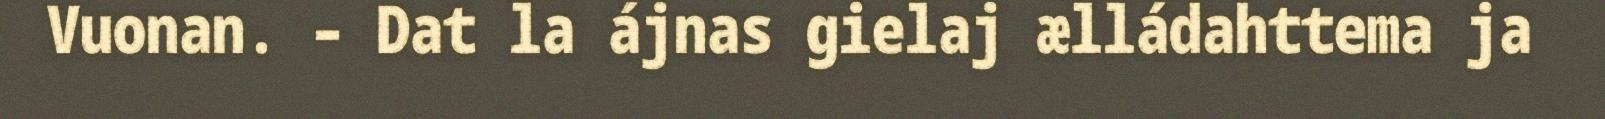
Vuonan. – Dat la ájnas gielaj ælládahttema ja